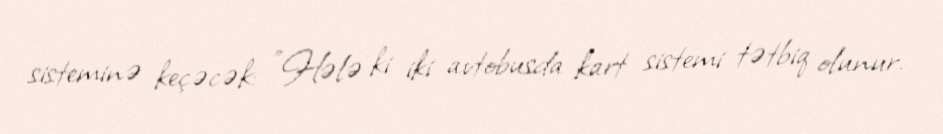
sisteminə keçəcək: "Hələ ki iki avtobusda kart sistemi tətbiq olunur.